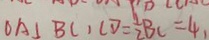
O A \bot B C , C D = \frac { 1 } { 2 } B C = 4